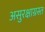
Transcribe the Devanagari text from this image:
असुरक्षाग्रस्त